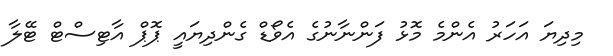
މިދިޔަ އަހަރު އެންމެ މޮޅު ފަންނާނުގެ އެވޯޑް ގެންދިޔައީ ޕޮޕް އާޓިސްޓް ޓޭލާ